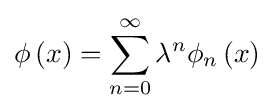
\phi \left(x\right)=\sum _{n=0}^{\infty }\lambda ^{n}\phi _{n}\left(x\right)